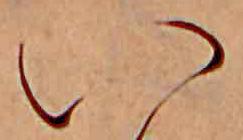
い